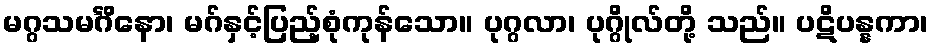
မဂ္ဂသမင်္ဂိနော၊ မဂ်နှင့်ပြည့်စုံကုန်သော။ ပုဂ္ဂလာ၊ ပုဂ္ဂိုလ်တို့ သည်။ ပဋိပန္နကာ၊